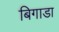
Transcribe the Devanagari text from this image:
बिगाडा